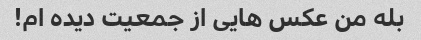
بله من عکس هایی از جمعیت دیده ام!